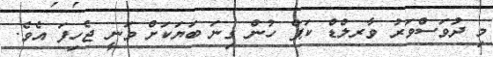
މި ދުވަސްވަރު ވާރލްޑް ކަޕް ހުން ގިނަ ބަޔަކަށް ވަނީ ޖެހިފަ އެވެ.